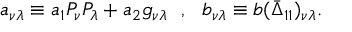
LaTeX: a _ { \nu \lambda } \equiv a _ { 1 } P _ { \nu } P _ { \lambda } + a _ { 2 } g _ { \nu \lambda } ~ ~ , ~ ~ b _ { \nu \lambda } \equiv b ( \bar { \Delta } _ { 1 1 } ) _ { \nu \lambda } .